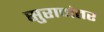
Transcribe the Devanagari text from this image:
सुरानंतर